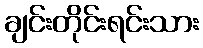
ချင်းတိုင်းရင်းသား